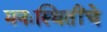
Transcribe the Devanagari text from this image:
मनःस्थितींचे